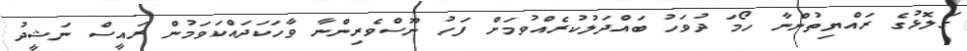
ގަލޮޅުގެ ރައްޔިތުންނާ ހޯމަ ދުވަހު ބައްދަލުކުރެއްވުމަށް ފަހު ނޫސްވެރިންނާ ވާހަކަދައްކަވަމުން ރައީސް ނަޝީދު